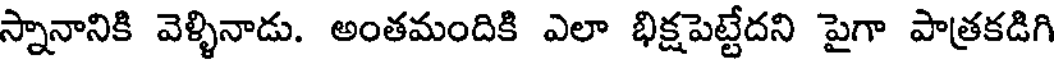
స్నానానికి వెళ్ళినాడు. అంతమందికి ఎలా భిక్షపెట్టేదని పైగా పాత్రకడిగి